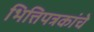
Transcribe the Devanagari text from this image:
भित्तिपत्रकांचे